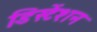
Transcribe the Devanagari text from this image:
डिस्टेंशन